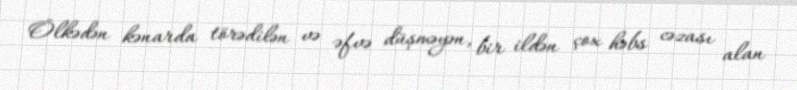
Ölkədən kənarda törədilən və əfvə düşməyən, bir ildən çox həbs cəzası alan